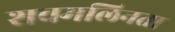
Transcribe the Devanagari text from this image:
शवमलिनता